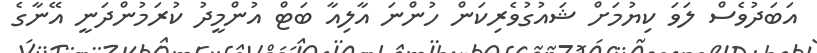
އަބަދުވެސް ލަވަ ކިޔުމަށް ޝައުގުވެރިކަން ހުންނަ އާލިއާ ބަޓް އުންމީދު ކުރަމުންދަނީ އޭނާގެ